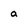
Character: a